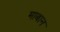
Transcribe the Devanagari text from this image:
माबान